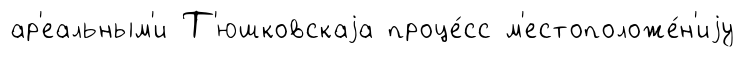
ар'еальным'и Т'юшковскаjа проце́сс м'естоположе́н'иjу